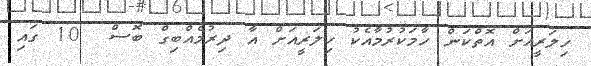
ހިލަރީއަށް އޮތްކަން ހާމަކުރުމާއެކު ހިލަރީއަށް އާ ދިރުމެއްބިގް ބޮސް  10 ގައި